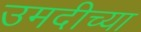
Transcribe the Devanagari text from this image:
उमदीच्या